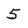
Character: 5